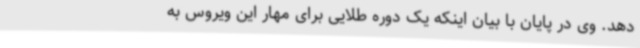
دهد. وی در پایان با بیان اینکه یک دوره طلایی برای مهار این ویروس به